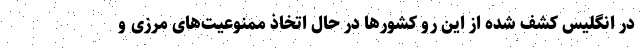
در انگلیس کشف شده از این رو کشورها در حال اتخاذ ممنوعیت‌های مرزی و